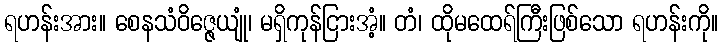
ရဟန်းအား။ စေနသံဝိဇ္ဇေယျုံ၊ မရှိကုန်ငြားအံ့။ တံ၊ ထိုမထေရ်ကြီးဖြစ်သော ရဟန်းကို။